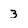
Character: 3